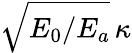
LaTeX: \sqrt{E_{0}/E_{a}}\, \kappa